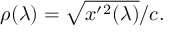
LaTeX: \rho ( \lambda ) = \sqrt { x ^ { \prime } { } ^ { 2 } ( \lambda ) } / c .